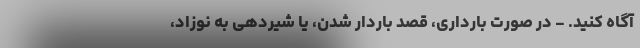
آگاه کنید. - در صورت بارداری، قصد باردار شدن، یا شیردهی به نوزاد،